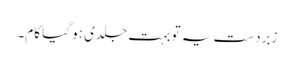
زبردست یہ تو بہت جلدی ہو گیا کام۔